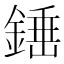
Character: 𨪸